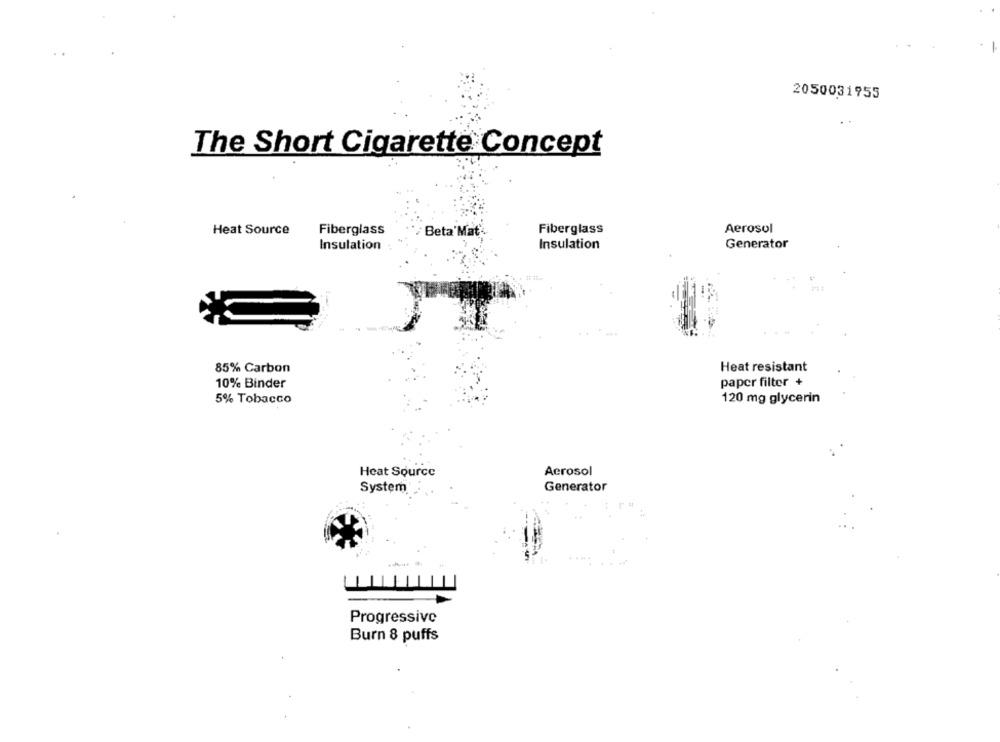
2050031955
The Short Cigarette Concept
Heat Source
Fiberglass
Fiberglass
Aerosol
Beta'Mat'
Generator
Insulation
Insulation
85% Carbon
Heat resistant
10% Binder
paper filter +
5% Tobacco
120 mg glycerin
Heat Source
Aerosol
System
Generator
Progressive
Burn 8 puffs